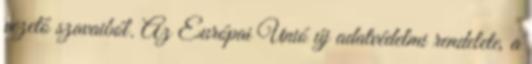
vezető szavaiból. Az Európai Unió új adatvédelmi rendelete, a